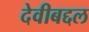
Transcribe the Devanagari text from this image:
देवीबद्दल